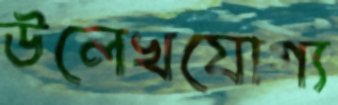
উলেখযোগ্য